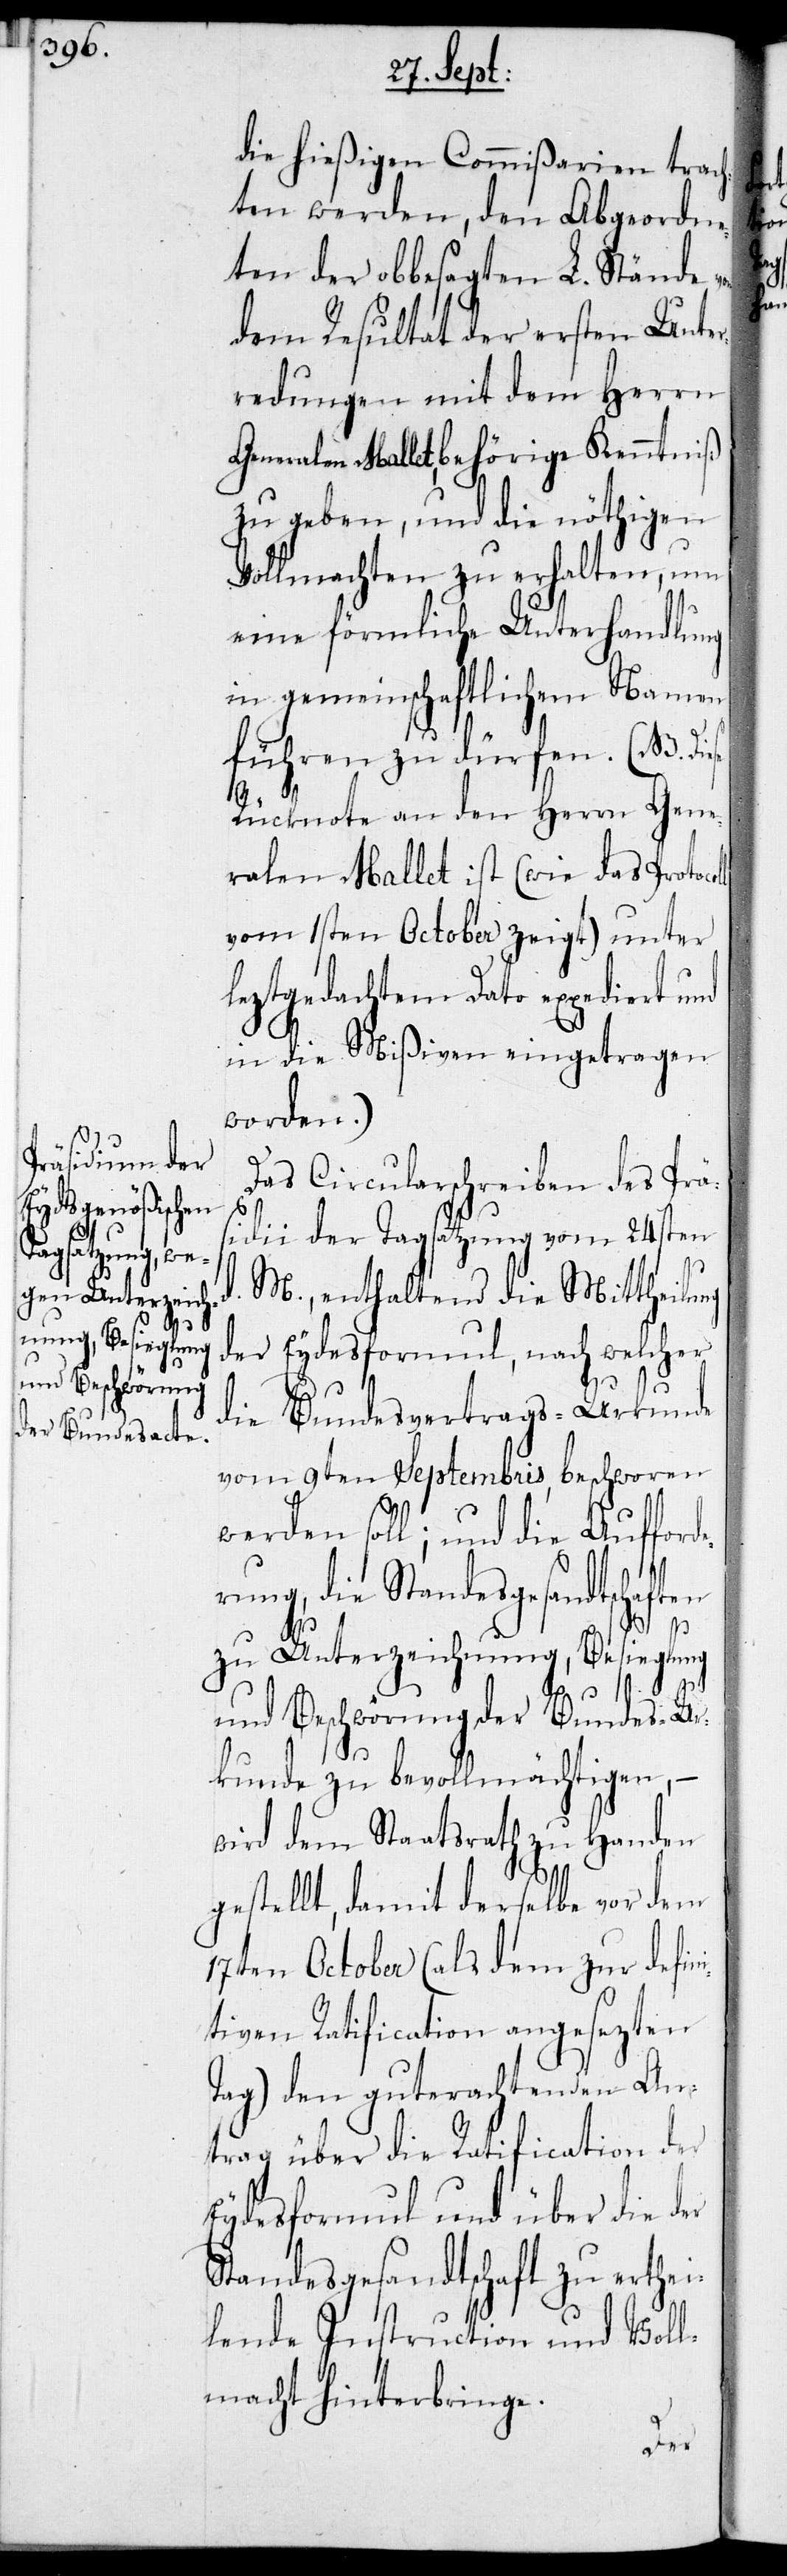
ll

die hießigen Commißarien trach¬
ten werden, den Abgeordne¬
ten der obbesagten L. Stände
dem Resultat der ersten Unter¬
redungen mit dem Herrn
Generalen Mallet, behörige Kenntniß
zu geben, und die nöthigen
Vollmachten zu erhalten, um
eine förmliche Unterhandlung
in gemeinschaftlichem Namen
führen zu dürfen. ( NB.
Rücknote an den Herrn Gene¬
ralen Mallet ist (wie das Protoco¬
vom 1sten October zeigt) unter
leztgedachtem Dato expediert und
in die Mißiven eingetragen
worden.)
Das Circularschreiben des Prä¬
sidii der Tagsatzung vom 24sten
M., enthaltend die Mitteilung
der Eydesformul, nach welcher
die Bundesvertrags-Urkunde
vom 9ten Septembris beschworen
werden soll; und die Aufford¬
erung, die Standesgesandtschaften
d.
zu Unterzeichnung, Besieglung
und Beschwörung der Bundes-Ur¬
kunde zu bevollmächtigen, –
wird dem Staatsrath zu Handen
gestellt, damit derselbe vor dem
17ten October (als dem zur defin¬
itiven Ratification angesezten
Tag) den guterachtenden An¬
trag über die Ratification der
Eydesformul und über die der
Standesgesandtschaft zu erhte¬
ilende Instruction und Voll¬
macht hinterbringe.